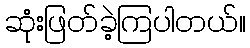
ဆုံးဖြတ်ခဲ့ကြပါတယ်။